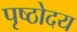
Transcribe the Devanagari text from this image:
पृष्ठोदय